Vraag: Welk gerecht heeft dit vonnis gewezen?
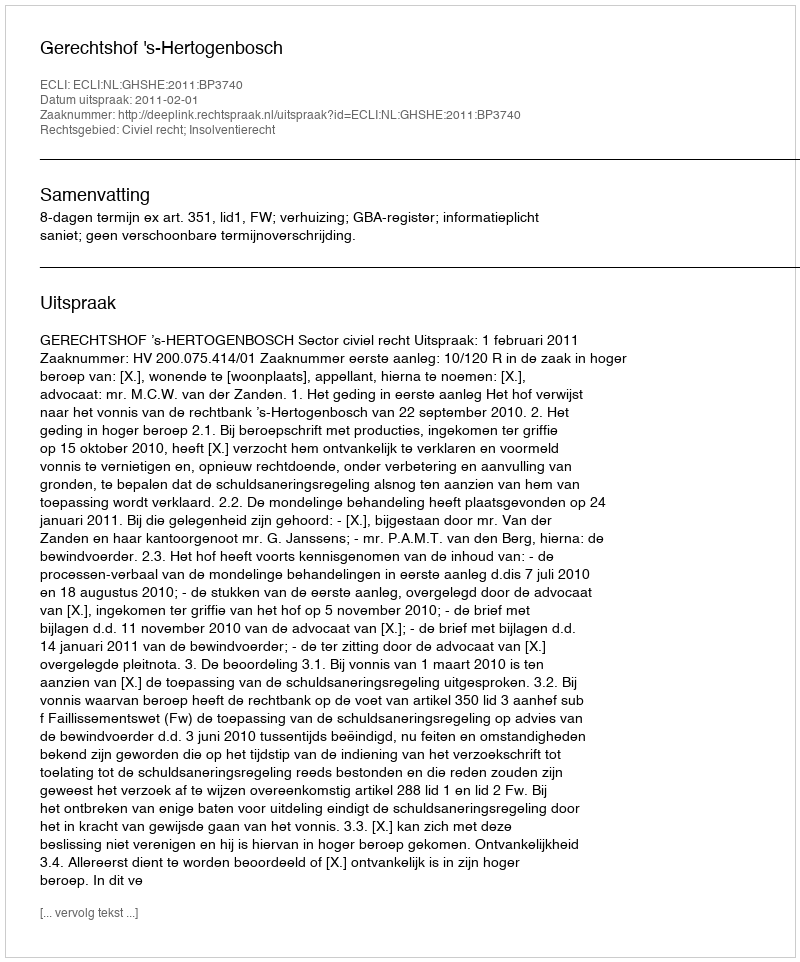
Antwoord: Gerechtshof 's-Hertogenbosch